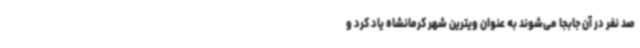
صد نفر در آن جابجا می‌شوند به عنوان ویترین شهر کرمانشاه یاد کرد و